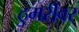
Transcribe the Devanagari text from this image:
ठुमरीवर